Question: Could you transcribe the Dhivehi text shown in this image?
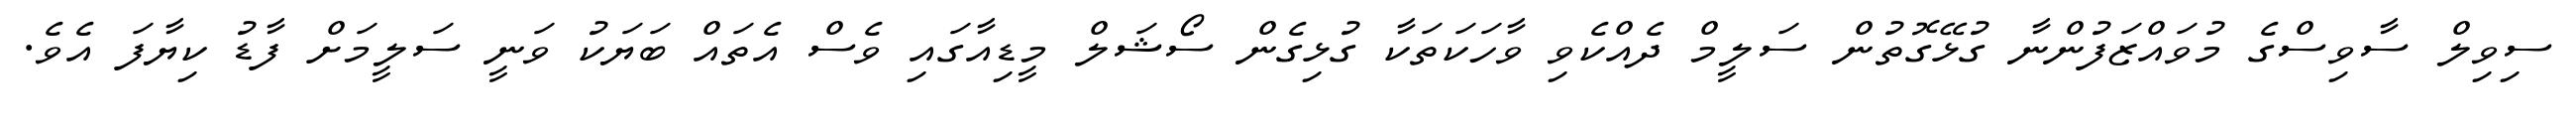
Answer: ސިވިލް ސާވިސްގެ މުވައްޒަފުންނާ ގުޅޭގޮތުން ސަލީމް ދެއްކެވި ވާހަކަތަކާ ގުޅިގެން ސޯޝަލް މީޑިއާގައި ވެސް އެތައް ބަޔަކު ވަނީ ސަލީމަށް ފާޑު ކިޔާފަ އެވެ.